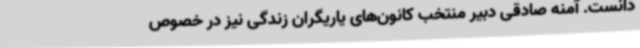
دانست. آمنه صادقی دبیر منتخب کانون‌های یاریگران‌ زندگی نیز در خصوص